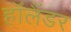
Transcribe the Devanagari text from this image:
हॉलैंडर